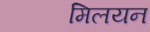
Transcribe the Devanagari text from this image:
मिलयन